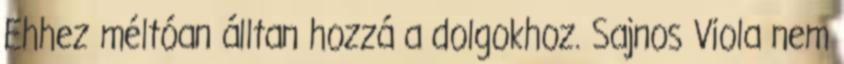
Ehhez méltóan álltan hozzá a dolgokhoz. Sajnos Viola nem